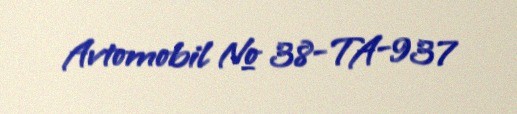
Avtomobil № 38-TA-937